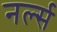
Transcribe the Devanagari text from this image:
नर्ल्स